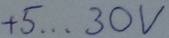
Text: +5...30V